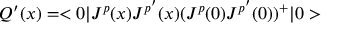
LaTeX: Q ^ { \prime } ( x ) = < 0 | J ^ { p } ( x ) J ^ { p ^ { \prime } } ( x ) ( J ^ { p } ( 0 ) J ^ { p ^ { \prime } } ( 0 ) ) ^ { + } | 0 >